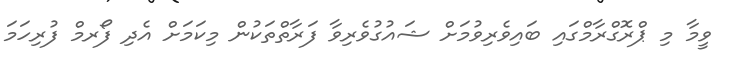
ވީމާ މި ޕްރޮގްރާމްގައި ބައިވެރިވުމަށް ޝައުގުވެރިވާ ފަރާތްތަކުން މިކަމަށް އެދި ފޯރމް ފުރިހަމަ